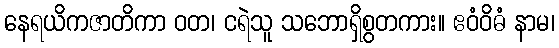
နေရယိကဇာတိကာ ဝတ၊ ငရဲသူ သဘောရှိစွတကား။ ဧဝံဝိဓံ နာမ၊